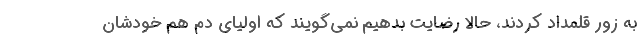
به زور قلمداد کردند، حالا رضایت بدهیم نمی‌گویند که اولیای دم هم خودشان